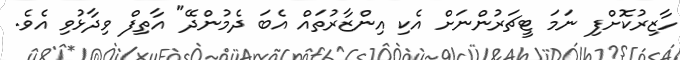
ހާޒިރުކޮށްފި ނަމަ ޓީޗަރުންނަށް އެކި އިންޒާރުތައް އެބަ ދެމުންދޭ" އާތިފް ވިދާޅުވި އެވެ.